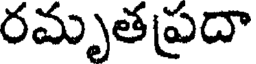
రమృతప్రదా